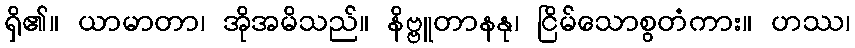
ရှိ၏။ ယာမာတာ၊ အိုအမိသည်။ နိဗ္ဗူတာနနု၊ ငြိမ်သောစွတံကား။ ဟဿ၊